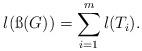
LaTeX: \begin{align*}l(\ss(G)) = \sum_{i=1}^m l(T_i).\end{align*}